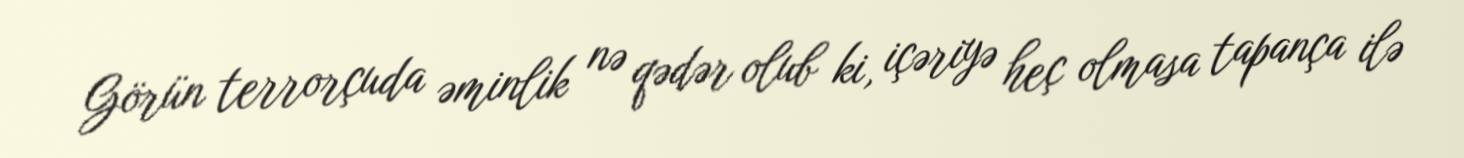
Görün terrorçuda əminlik nə qədər olub ki, içəriyə heç olmasa tapança ilə